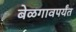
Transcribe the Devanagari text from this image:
बेळगावपर्यंत